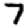
Digit: 7